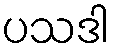
ပသဒါ